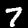
Digit: 7